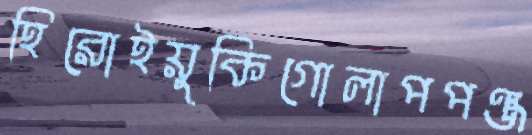
হিরোইয়ুকিগোলাপপঞ্জ